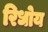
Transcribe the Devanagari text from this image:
रिधोय